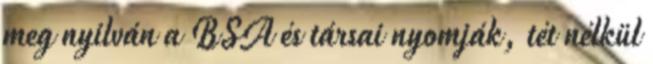
meg nyilván a BSA és társai nyomják, tét nélkül